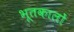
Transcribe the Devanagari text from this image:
भूतकालों